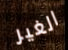
الغير